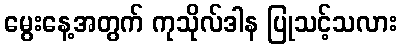
မွေးနေ့အတွက် ကုသိုလ်ဒါန ပြုသင့်သလား